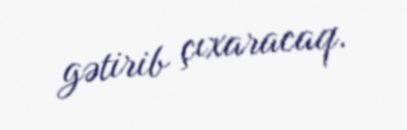
gətirib çıxaracaq.